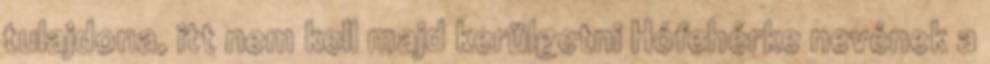
tulajdona, itt nem kell majd kerülgetni Hófehérke nevének a